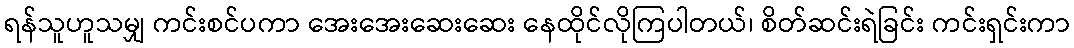
ရန်သူဟူသမျှ ကင်းစင်ပကာ အေးအေးဆေးဆေး နေထိုင်လိုကြပါတယ်၊ စိတ်ဆင်းရဲခြင်း ကင်းရှင်းကာ